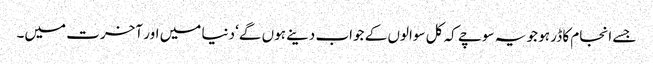
جسے انجام کا ڈر ہو جو یہ سوچے کہ کل سوالوں کے جواب دینے ہوں گے‘ دنیا میں اور آخرت میں۔